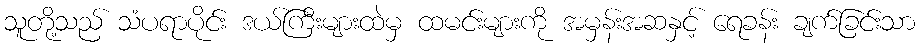
သူတို့သည် သံပရာပိုင်း ဒယ်ကြီးများထဲမှ ထမင်းများကို အမှန်းအဆနှင့် ရေခန်း ချက်ခြင်းသာ